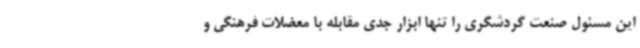
این مسئول صنعت گردشگری را تنها ابزار جدی مقابله با معضلات فرهنگی و